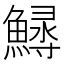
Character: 𩺎